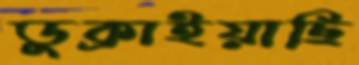
ডুক্‌রাইয়াছি